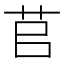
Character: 苢